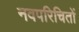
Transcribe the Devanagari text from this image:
नवपरिचितों